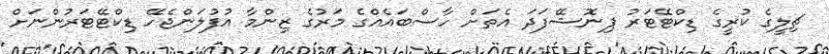
ޗިލީގެ ކުރީގެ ޑިކްޓޭޓަރު ޕިނޮޝޭފަދަ އެތަށް ހާސްބައެއްގެ މަރުގެ ޒިންމާ އުފުލަންޖެހޭ ޑިކްޓޭޓަރުންނަށް